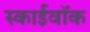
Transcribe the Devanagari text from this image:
स्काईवॉक